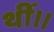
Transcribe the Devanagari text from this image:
थीं।।